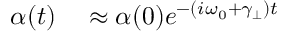
\begin{array} { r l } { \alpha ( t ) } & { { } \approx \alpha ( 0 ) e ^ { - ( i \omega _ { 0 } + \gamma _ { \perp } ) t } } \end{array}